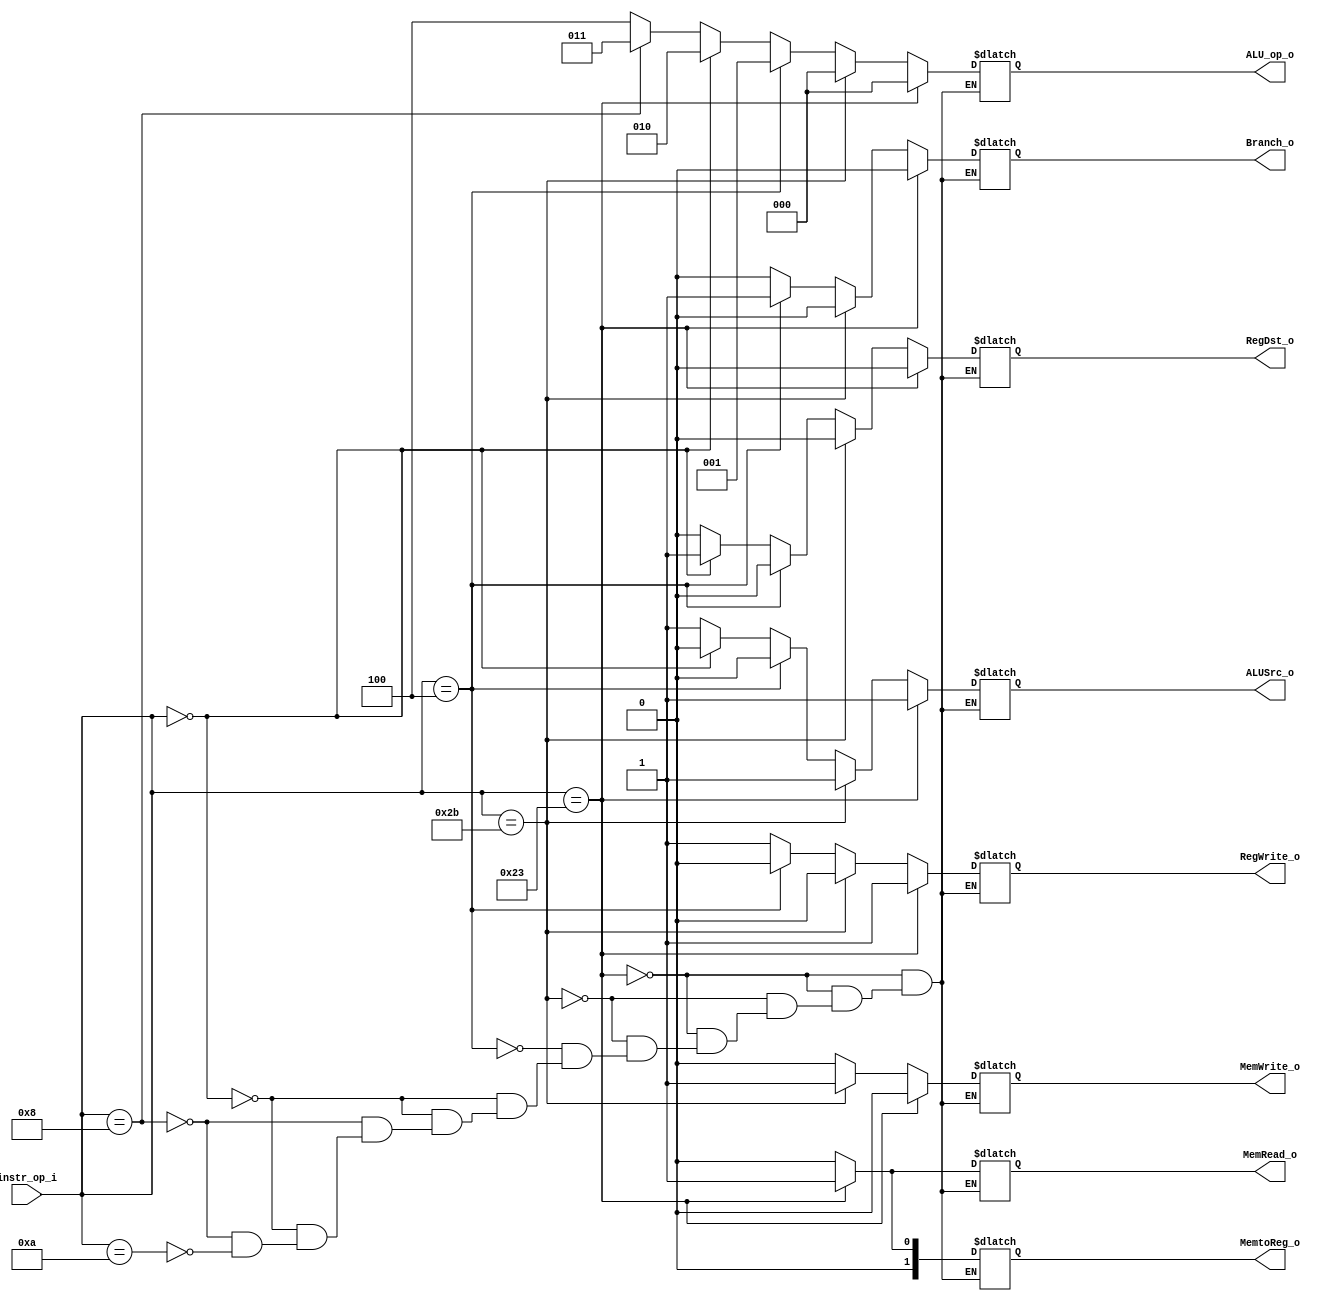
//w0111279
module Decoder(
   instr_op_i,
	RegWrite_o,
	ALU_op_o,
	ALUSrc_o,
	RegDst_o,
	Branch_o,
	MemRead_o,
	MemWrite_o,
	MemtoReg_o
	);
     
//I/O ports
input  [6-1:0] instr_op_i;

output         RegWrite_o;
output [3-1:0] ALU_op_o;
output         ALUSrc_o;
output         RegDst_o;
output         Branch_o,MemRead_o,MemWrite_o;
output [2-1:0] MemtoReg_o;
 
//Internal Signals
reg    [3-1:0] ALU_op_o;
reg            ALUSrc_o;
reg            RegWrite_o;
reg            RegDst_o;
reg            Branch_o,MemRead_o,MemWrite_o;
reg    [2-1:0] MemtoReg_o,BranchType_o;

always@( * )begin
	/*---Rtype---*/ /*---ADD,SUB,AND,OR,SLT,SRL,SRLV,MUL---*/
	if(instr_op_i==6'b000000)begin 
		ALU_op_o=3'b010;
		RegDst_o=1'b1;
		RegWrite_o=1'b1;
		ALUSrc_o=1'b0;
		Branch_o=2'b00;
		MemRead_o=1'b0;
		MemWrite_o=1'b0;
		MemtoReg_o=2'b00;
	end
	/*---ADDI---*/
	else if(instr_op_i==6'b001000)begin 
		ALU_op_o=3'b011; 
		RegDst_o=1'b0;
		RegWrite_o=1'b1;
		ALUSrc_o=1'b1;
		Branch_o=1'b0;
		MemRead_o=1'b0;
		MemWrite_o=1'b0;
		MemtoReg_o=2'b00;
	end
	/*---SLTI---*/
	else if(instr_op_i==6'b001010)begin 
		ALU_op_o=3'b100; 
		RegDst_o=1'b0;
		RegWrite_o=1'b1;
		ALUSrc_o=1'b1;
		Branch_o=1'b0;
		MemRead_o=1'b0;
		MemWrite_o=1'b0;
		MemtoReg_o=2'b00;
	end
	/*---LW---*/
	if(instr_op_i==6'b100011)begin 
		ALU_op_o=3'b000;
		RegDst_o=1'b0;
		RegWrite_o=1'b1;
		ALUSrc_o=1'b1;
		Branch_o=1'b0;
		MemRead_o=1'b1;
		MemWrite_o=1'b0;
		MemtoReg_o=2'b01;
	end
	/*---SW---*/
	else if(instr_op_i==6'b101011)begin 
		ALU_op_o=3'b000;
		RegDst_o=1'b0;
		RegWrite_o=1'b0;
		ALUSrc_o=1'b1;
		Branch_o=1'b0;
		MemRead_o=1'b0;
		MemWrite_o=1'b1;
		MemtoReg_o=2'b00;
	end
	/*---BEQ---*/
	else if(instr_op_i==6'b000100)begin 
		ALU_op_o=3'b001;
		RegDst_o=1'b0;
		RegWrite_o=1'b0;
		ALUSrc_o=1'b0;
		Branch_o=1'b1;
		MemRead_o=1'b0;
		MemWrite_o=1'b0;
		MemtoReg_o=2'b00;
	end
end

endmodule